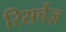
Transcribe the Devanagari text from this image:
रिसर्चेज़